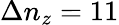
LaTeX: \Delta n_{z}=11